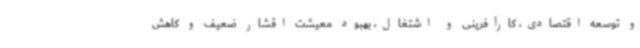
و توسعه اقتصادی، کارآفرینی و اشتغال، بهبود معیشت اقشار ضعیف و کاهش